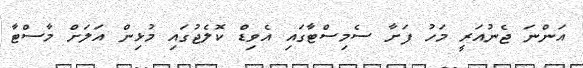
އަންނަ ޖެނުއަރީ މަހު ފަށާ ސެމިސްޓާގައި އެވިޑް ކޮލެޖުގައި މުޅިން އަލަށް މާސްޓާ